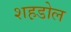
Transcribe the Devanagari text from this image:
शह़डोल